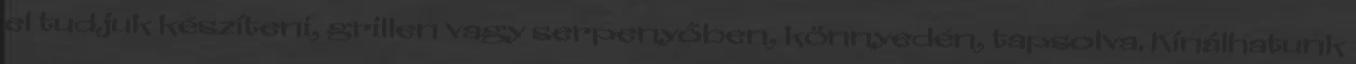
el tudjuk készíteni, grillen vagy serpenyőben, könnyedén, tapsolva. Kínálhatunk